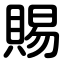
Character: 賜